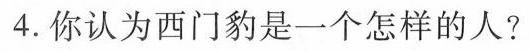
4.你认为西门豹是一个怎样的人?